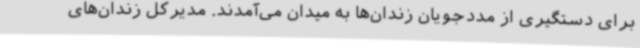
برای دستگیری از مددجویان زندان‌ها به میدان می‌آمدند. مدیرکل زندان‌های